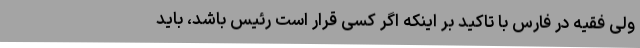
ولی فقیه در فارس با تاکید بر اینکه اگر کسی قرار است رئیس باشد،‌ باید